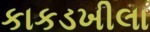
કાકડખીલા